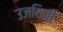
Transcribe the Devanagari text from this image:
उजयिनी